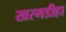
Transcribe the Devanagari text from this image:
खरगडीहा